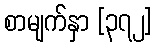
စာမျက်နှာ [၃၇၂]